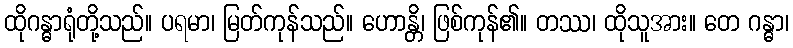
ထိုဂန္ဓာရုံတို့သည်။ ပရမာ၊ မြတ်ကုန်သည်။ ဟောန္တိ၊ ဖြစ်ကုန်၏။ တဿ၊ ထိုသူအား။ တေ ဂန္ဓာ၊